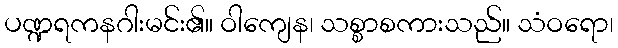
ပဏ္ဍရကနဂါးမင်း၏။ ဝါကျေန၊ သစ္စာစကားသည်။ သံဝရော၊